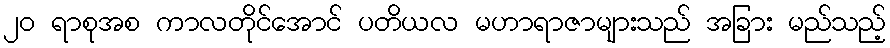
၂၀ ရာစုအစ ကာလတိုင်အောင် ပတိယလ မဟာရာဇာများသည် အခြား မည်သည့်